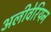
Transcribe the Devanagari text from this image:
अलीवेरियन